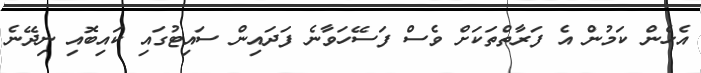
އެހެން ކަމުން އެ ފަރާތްތަކަށް ވެސް ފަސޭހަވާނެ ފަދައިން ސައިޓުގައި ކައިބޮއި ނިދޭނެ